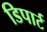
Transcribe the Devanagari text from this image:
डिपार्ट